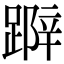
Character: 𨃛